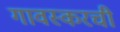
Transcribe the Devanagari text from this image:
गावस्करची